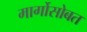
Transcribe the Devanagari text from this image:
मार्गोसोबत